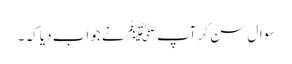
سوال سن کر آپﷺ نے جواب دیا کہ ۔